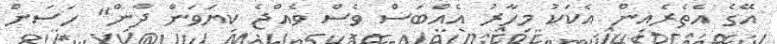
އޭގެ އެތެރެއިން އެކަކު މިހާރު އެއްބަސް ވެސް ވެއްޖެ ކިޔަވަން ދާން" ހަސަން